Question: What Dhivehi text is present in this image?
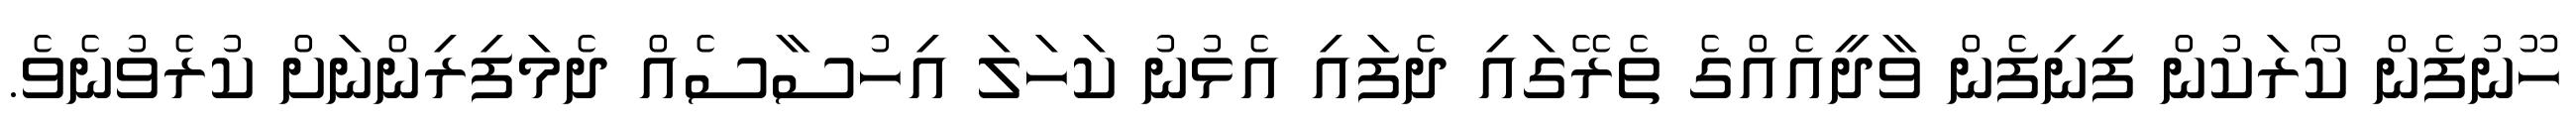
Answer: ހޫނުފެން ކޯރަކުން ފިނިފެން ވާދީއެއްގެ ތެރޭގައި ދެފައި އެޅުނު ކަހަލަ އިހުސާސެއް ދެމަފިރިންނަށް ކުރެވުނެވެ.